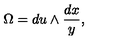
\Omega = d u \wedge \frac { d x } { y } ,